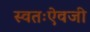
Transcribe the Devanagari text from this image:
स्वतःऐवजी